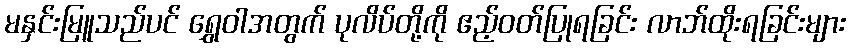
မနှင်းမြူသည်ပင် ရွှေဝါအတွက် ပုလိပ်တို့ကို ဧည့်ဝတ်ပြုရခြင်း လာဘ်ထိုးရခြင်းများ